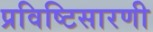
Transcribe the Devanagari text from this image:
प्रविष्टिसारणी